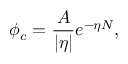
\phi _ { c } = \frac { A } { | \eta | } e ^ { - \eta N } ,